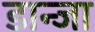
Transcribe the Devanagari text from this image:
डान्जा